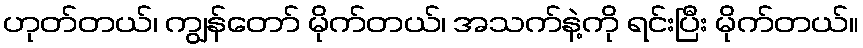
ဟုတ်တယ်၊ ကျွန်တော် မိုက်တယ်၊ အသက်နဲ့ကို ရင်းပြီး မိုက်တယ်။